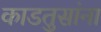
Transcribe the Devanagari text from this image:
काडतुसांना